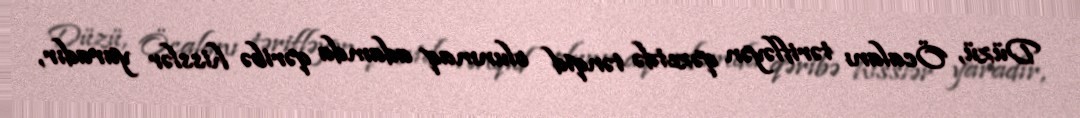
Düzü, Öcalanı tərifləyən qəzetdə tənqid olunmaq adamda qəribə hisslər yaradır,